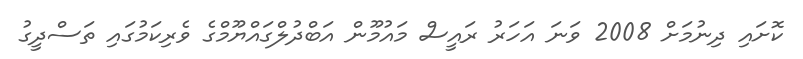
ކޮށައި ދިނުމަށް 2008 ވަނަ އަހަރު ރައީސް މައުމޫން އަބްދުލްގައްޔޫމްގެ ވެރިކަމުގައި ތަސްދީގު